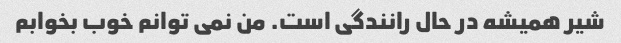
شیر همیشه در حال رانندگی است. من نمی توانم خوب بخوابم